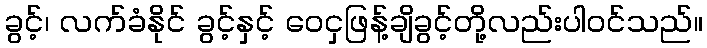
ခွင့်၊ လက်ခံနိုင် ခွင့်နှင့် ဝေငှဖြန့်ချိခွင့်တို့လည်းပါဝင်သည်။